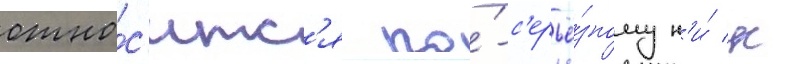
отно́с'итс'я по́-с'ерьё́зному н'и́ к